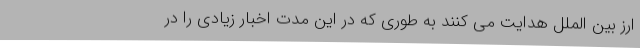
ارز بین الملل هدایت می کنند به طوری که در این مدت اخبار زیادی را در